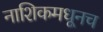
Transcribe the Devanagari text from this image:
नाशिकमधूनच